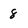
Character: 8